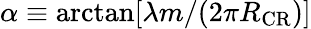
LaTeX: \alpha\equiv\arctan[\lambda m/(2\pi R_{\mathrm{CR}})]